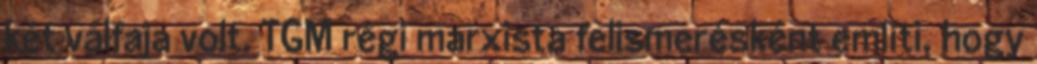
két válfaja volt. TGM régi marxista felismerésként említi, hogy